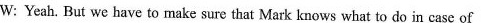
W: Yeah. But we have to make sure that Mark knows what to do in case of